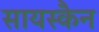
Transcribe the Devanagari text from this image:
सायस्कैन